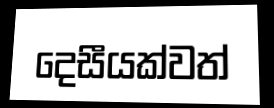
දෙසීයක්වත්